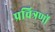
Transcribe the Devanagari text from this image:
प्रचित्रणों